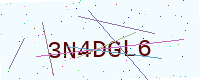
Text: 3N4DGL6